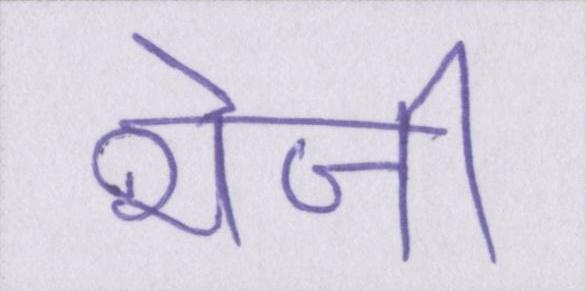
भेजी